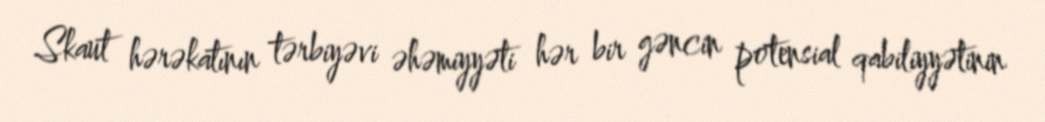
Skaut hərəkatının tərbiyəvi əhəmiyyəti hər bir gəncin potensial qabiliyyətinin